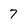
Character: 7